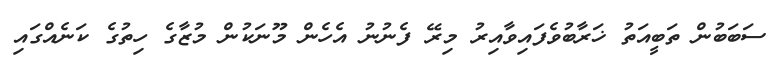
ސަބަބުން ތަބީއަތު ޚަރާބުވެފައިވާއިރު މިރޭ ފެނުނު އެހެން މޫނަކުން މުޒާގެ ހިތުގެ ކަނެއްގައި